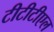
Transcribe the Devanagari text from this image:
टीटीटीएल